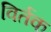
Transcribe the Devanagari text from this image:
विर्तक